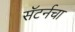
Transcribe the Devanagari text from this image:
सॅटर्नचा